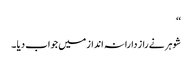
‘‘
شوہر نے راز دارانہ انداز میں جواب دیا ۔